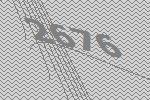
2676